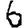
Digit: 6